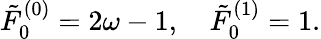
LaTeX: \tilde{F}_{0}^{(0)}=2\omega-1,\quad\tilde{F}_{0}^{(1)}=1.